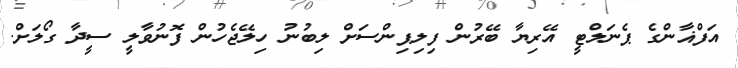
އަފްޣާންގެ ޕެނަލްޓީ އޭރިޔާ ބޭރުން ފިލިޕިންސަށް ލިބުނު ހިލޭޖެހުން ފޮނުވާލީ ސީދާ ގޯލަށް.